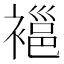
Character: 𧜇